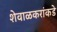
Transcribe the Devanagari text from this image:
शेवाळकरांकडे